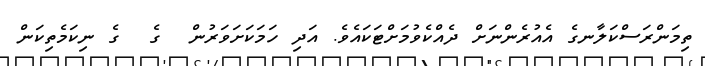
ތިމަންރަސްކަލާނގެ އެއުރެންނަށް ދެއްކެވުމަށްޓަކައެވެ. އަދި ހަމަކަށަވަރުން  ގެ  ގެ ނިކަމެތިކަން